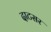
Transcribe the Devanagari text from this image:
दाटसर